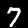
Label: 7